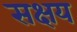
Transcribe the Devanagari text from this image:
सक्षय